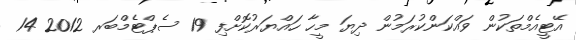
އޭޓީއެމްތަކުން ވައްކަންކުރަމުން ދިޔަ މީހާ ހައްޔަރުކޮށްފި 19 ސެޕްޓެމްބަރ 2012 14